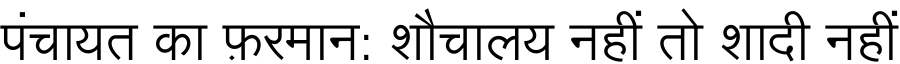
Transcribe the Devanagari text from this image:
पंचायत का फ़रमान: शौचालय नहीं तो शादी नहीं